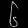
Digit: ၆